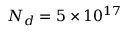
N _ { d } = 5 \times 1 0 ^ { 1 7 }